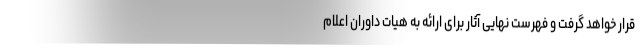
قرار خواهد گرفت و فهرست نهایی آثار برای ارائه به هیات داوران اعلام